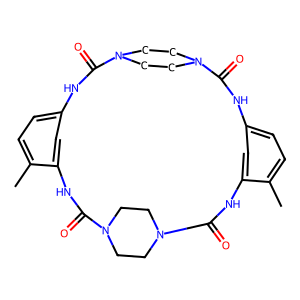
SMILES: Cc1ccc2cc1NC(=O)N1CCN(CC1)C(=O)Nc1cc(ccc1C)NC(=O)N1CCN(CC1)C(=O)N2
Inhibits HIV replication: No